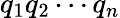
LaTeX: q_{1}q_{2}\cdots q_{n}